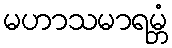
မဟာသမာရမ္ဘံ